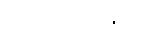
ဒါယိကာမများ